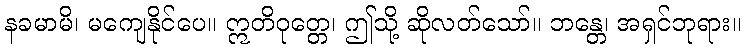
နခမာမိ၊ မကျေနိုင်ပေ။ ဣတိဝုတ္တေ၊ ဤသို့ ဆိုလတ်သော်။ ဘန္တေ၊ အရှင်ဘုရား။